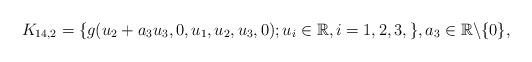
LaTeX: \begin{align*} K_{14,2}=\{g(u_2+a_3u_3,0,u_1,u_2,u_3,0); u_i \in \mathbb R, i=1,2,3, \}, a_3\in \mathbb{R}\backslash\{0\}, \end{align*}